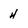
Character: H